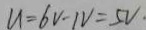
u = 6 V - 1 V = 5 V .